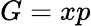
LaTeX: G=xp